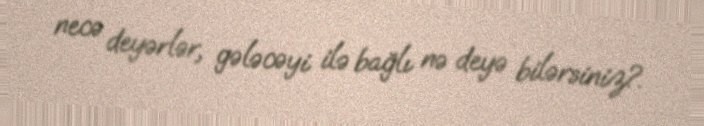
necə deyərlər, gələcəyi ilə bağlı nə deyə bilərsiniz?.